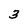
Character: 3